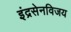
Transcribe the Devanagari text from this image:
इंद्रसेनविजय